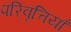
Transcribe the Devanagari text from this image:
परिवृत्तियाँ